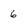
Character: 6